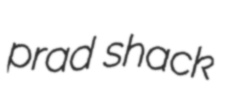
prad shack